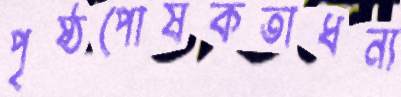
পৃষ্ঠপোষকতাধন্য